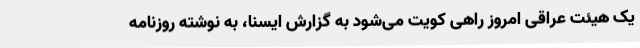
یک هیئت عراقی امروز راهی کویت می‌شود به گزارش ایسنا، به نوشته روزنامه